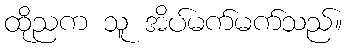
ထိုညက သူ အိပ်မက်မက်သည်။